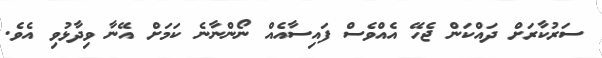
ސަރުކާރަށް ދައްކަން ޖެހޭ އެއްވެސް ފައިސާއެއް ނޯންނާނެ ކަމަށް އޭނާ ވިދާޅުވި އެވެ.